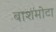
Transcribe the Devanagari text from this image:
बाशमोटा